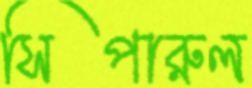
সিপারুল